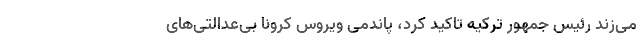
می‌زند رئیس جمهور ترکیه تاکید کرد، پاندمی ویروس کرونا بی‌عدالتی‌های